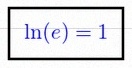
\ln(e)=1